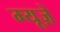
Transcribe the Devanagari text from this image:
म्यूज़े